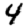
Digit: 4